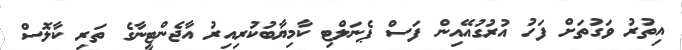
އިތުރު ވަގުތަށް ފަހު އުރުގުއޭއިން ފަސް ޕެނަލްޓި ކާމިޔާބުކުރިއިރު އާޖެންޓީނާގެ ތަރި ކާލޮސް